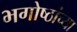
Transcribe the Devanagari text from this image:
भगोष्ठांच्या